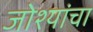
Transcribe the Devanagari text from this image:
जोश्यांचा